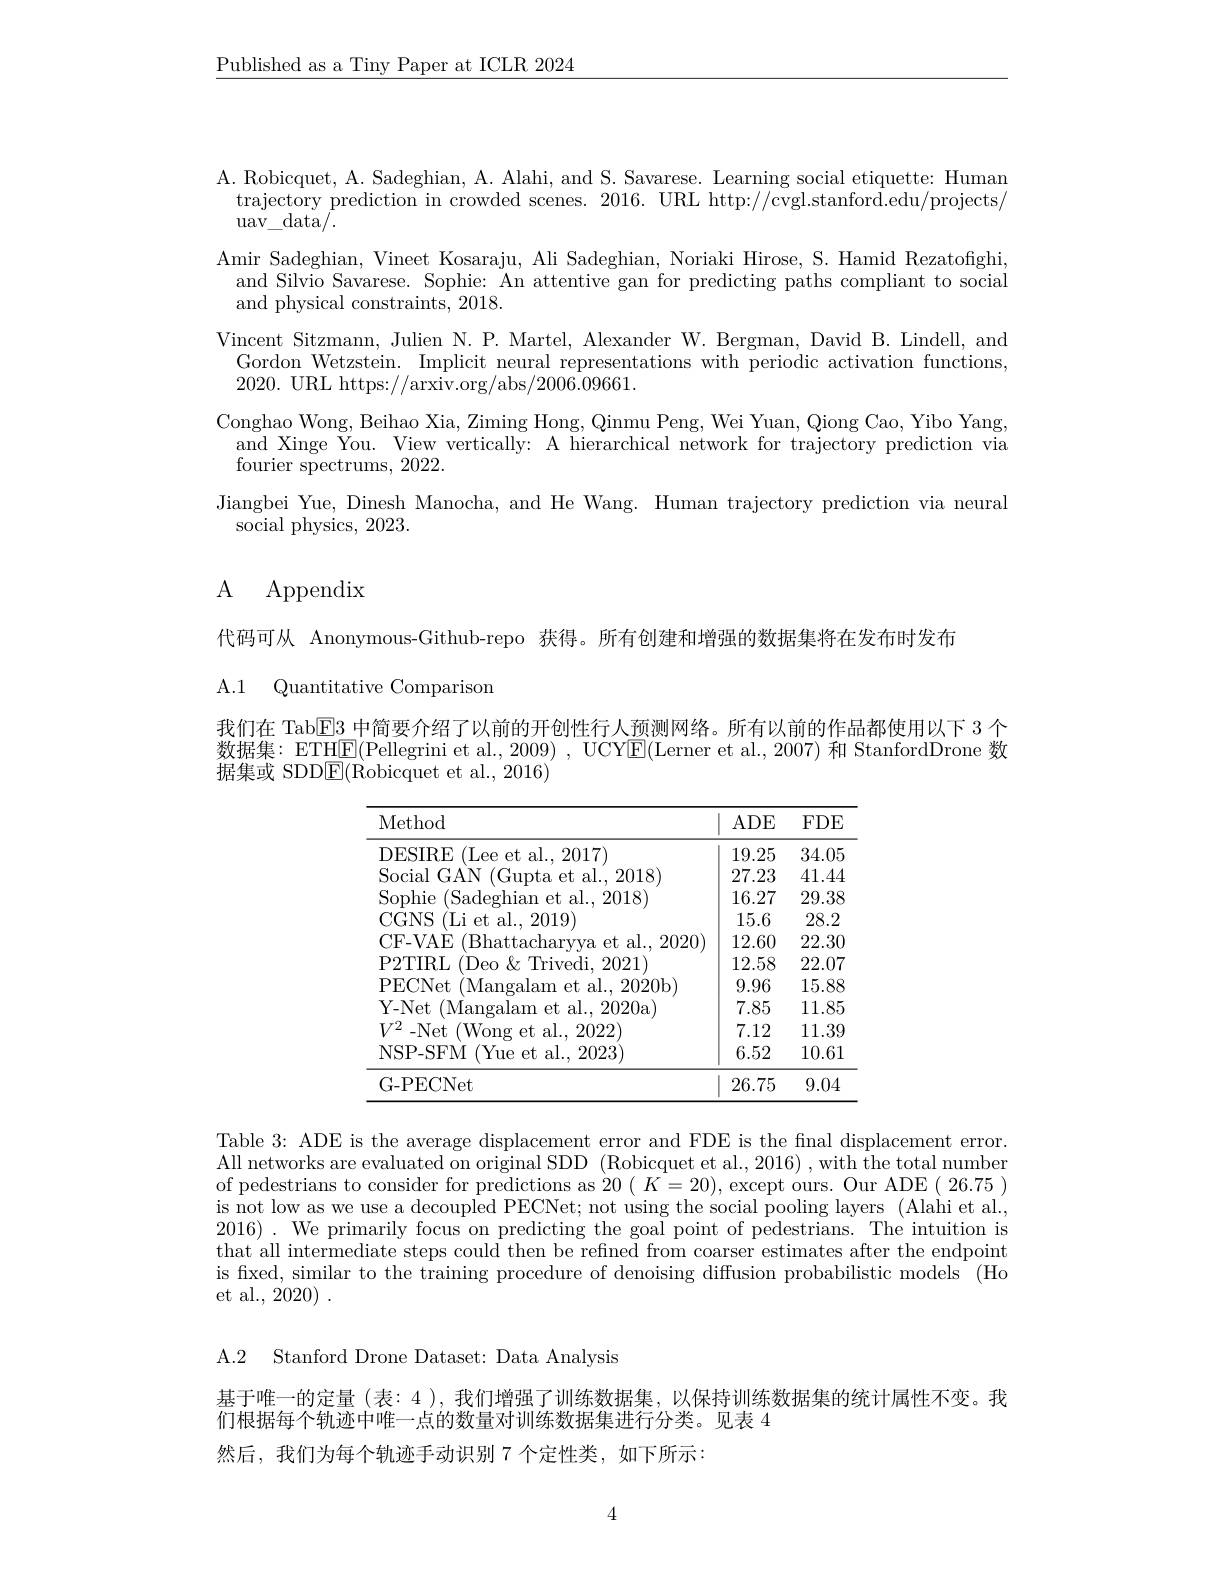
$\underline{\text{Published as a Tiny Paper at ICLR 2024}}$

A. Robicquet, A. Sadeghian, A. Alahi, and S. Savarese. Learning social etiquette: Human trajectory prediction in crowded scenes. 2016. URL http://cvgl.stanford.edu/projects/ $\operatorname{uav\_}_{\mathrm{data/.}}$
Amir Sadeghian, Vineet Kosaraju, Ali Sadeghian, Noriaki Hirose, S. Hamid Rezatofighi, and Silvio Savarese. Sophie: An attentive gan for predicting paths compliant to social and physical constraints, 2018.
Vincent Sitzmann, Julien N. P. Martel, Alexander W. Bergman, David B. Lindell, and Gordon Wetzstein. Implicit neural representations with periodic activation functions, 2020. URL https:$//\bar{\mathrm{arxiv.org/abs/2006.09661.}}$
Conghao Wong, Beihao Xia, Ziming Hong, Qinmu Peng, Wei Yuan, Qiong Cao, Yibo Yang,
and Xinge You. View vertically: A hierarchical network for trajectory prediction via
fourier spectrums, 2022.
Jiangbei Yue, Dinesh Manocha, and He Wang. Human trajectory prediction via neural
social physics, 2023.

## ${\mathrm{A} }$ ${\mathrm{Appendix}}$

代码可从 Anonymous-Github-repo 获得。所有创建和增强的数据集将在发布时发布
A.1 Quantitative Comparison

我们在 Tab$\overline{\mathrm{E}}3$中简要介绍了以前的开创性行人预测网络。所有以前的作品都使用以下 3 个数据集：ETH$\boxed{\mathrm{F}}($Pellegrini et al., 2009) , UCY$\boxed{\mathrm{F}}($Lerner et al., 2007) 和 StanfordDrone 数据集或 SDD$\underline{\mathrm{E}}($Robicquet et al., 2016)

<table>
	<tbody>
		<tr>
			<th>Method</th>
			<th>$ADE$</th>
			<th>$FDE$</th>
		</tr>
		<tr>
			<td>DESIRE (Lee et al.2017)</td>
			<td>19.25</td>
			<td>34.05</td>
		</tr>
		<tr>
			<td>${\mathrm{201\times}}$</td>
			<td>27.23</td>
			<td>41.44</td>
		</tr>
		<tr>
			<td>Sophie e ( Sadeghian et al. , 2018) </td>
			<td>16.27</td>
			<td>29.38</td>
		</tr>
		<tr>
			<td>CGNS ( Li et al. , 2019) </td>
			<td>15.6</td>
			<td>28.2</td>
		</tr>
		<tr>
			<td>CF- VAE (Bhattacharvva et al., 2020)</td>
			<td>12.60</td>
			<td>22.3C</td>
		</tr>
		<tr>
			<td>P2TIRL (Deo $\&$Trivedi. 2021) 1</td>
			<td>12.58</td>
			<td>22.07</td>
		</tr>
		<tr>
			<td>PECNet t(Mangalam et al..2020b)</td>
			<td>9.96</td>
			<td>15.88</td>
		</tr>
		<tr>
			<td>$\mathbf{Y-Net}$ (Mangalam et al., 2020a)</td>
			<td>7.85</td>
			<td>11.85</td>
		</tr>
		<tr>
			<td>$V^{2}$ - Net (Wong et al..2022)</td>
			<td>7.12</td>
			<td>11.39</td>
		</tr>
		<tr>
			<td>NSP-SFM (Yue et al., 2023)</td>
			<td>6.52</td>
			<td>10.61</td>
		</tr>
		<tr>
			<td>G-PECNet</td>
			<td>26.75</td>
			<td>9.04</td>
		</tr>
	</tbody>
</table>

Table 3: ADE is the average displacement error and FDE is the final displacement error. All networks are evaluated on original SDD (Robicquet et al., 2016) , with the total number of pedestrians to consider for predictions as $20(K=20)$, except ours. Our ADE( 26.75) $\bar{\text{is not low as we use a decoupled PECNet; not using the social pooling layers }}(\bar{\text{Alahi et al.,}}$ 2016). We primarily focus on predicting the goal point of pedestrians. The intuition is that all intermediate steps could then be refined from coarser estimates after the endpoint is fixed, similar to the training procedure of denoising diffusion probabilistic models (Ho et al., 2020) .

A.2 Stanford Drone Dataset: Data Analysis

基于唯一的定量 (表：4 ), 我们增强了训练数据集，以保持训练数据集的统计属性不变。我
们根据每个轨迹中唯一点的数量对训练数据集进行分类。见表 4
然后，我们为每个轨迹手动识别 7 个定性类，如下所示：

4